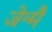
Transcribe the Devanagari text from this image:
जेन्मै